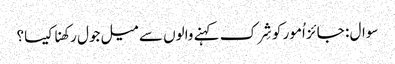
سوال : جائز اُمور کو شِرک کہنے والوں سے میل جول رکھنا کیسا؟